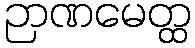
ဉာဏမေတ္ထ